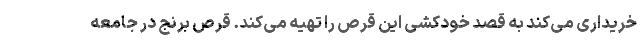
خریداری می‌کند به قصد خودکشی این قرص را تهیه می‌کند. قرص برنج در جامعه